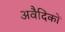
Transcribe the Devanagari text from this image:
अवैदिकों